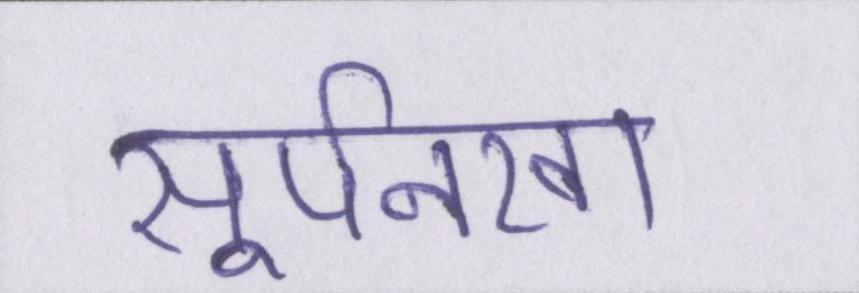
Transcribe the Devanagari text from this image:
सूर्पनखा